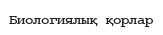
Биологиялық қорлар